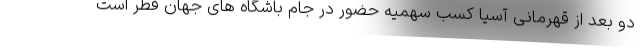
دو بعد از قهرمانی آسیا کسب سهمیه حضور در جام باشگاه های جهان قطر است